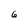
Character: 6